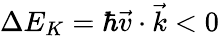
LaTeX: \Delta E_{K}=\hbar\vec{v}\cdot\vec{k}<0